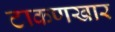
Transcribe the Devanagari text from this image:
टाकणखार